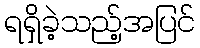
ရရှိခဲ့သည့်အပြင်